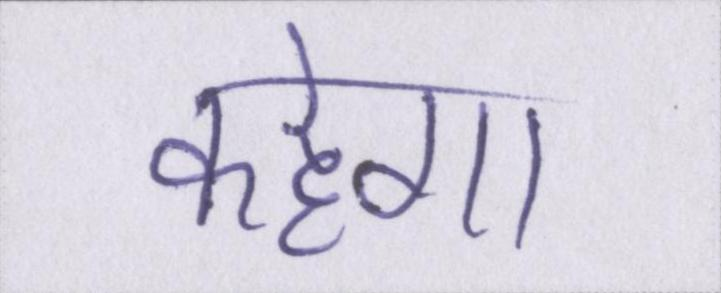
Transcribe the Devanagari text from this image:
कहेगा